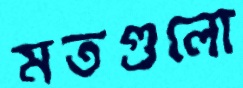
মতগুলো